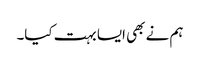
ہم نے بھی ایسا بہت کیا۔